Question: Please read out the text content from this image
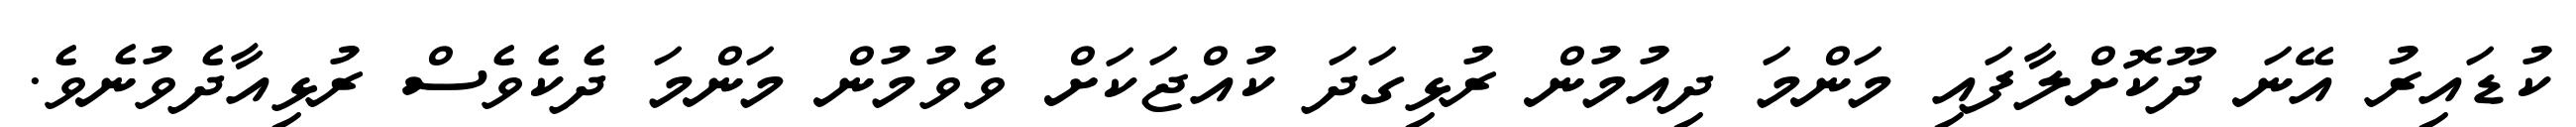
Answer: ކުޑައިރު އޭނަ ދޫކޮށްލާފައި މަންމަ ދިއުމުން ރުޅިގަދަ ކުއްޖަކަށް ވެވުމުން މަންމަ ދެކެވެސް ރުޅިއާދެވުނެވެ.